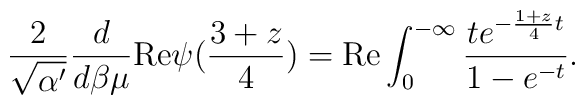
\frac{2}{\sqrt{\alpha '}} \frac{d}{d\beta \mu}{\rm Re} \psi (\frac{3+z}{4}) = {\rm Re}  \int _{0}^{-\infty}\frac{t e^{-\frac{1+z}{4}t}}{1-e^{-t}} .